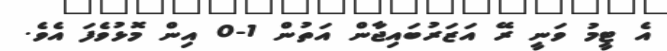
އެ ޓީމު ވަނީ ރޭ އަޒަރުބައިޖާން އަތުން 1-0 އިން މޮޅުވެފަ އެވެ.